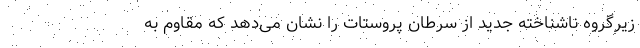
زیرگروه ناشناخته جدید از سرطان پروستات را نشان می‌دهد که مقاوم به